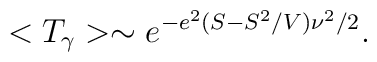
<T_{\gamma }>\sim e^{-e^2(S-S^2/V)\nu^2/2}.